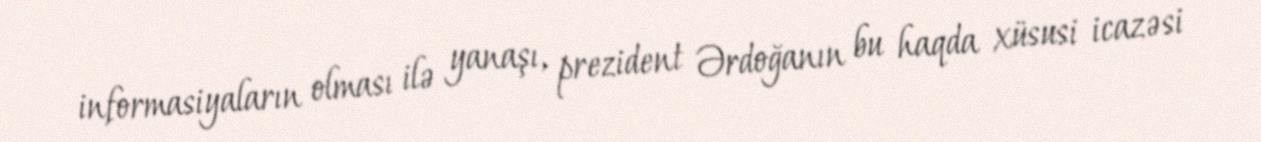
informasiyaların olması ilə yanaşı, prezident Ərdoğanın bu haqda xüsusi icazəsi